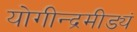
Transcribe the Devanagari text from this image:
योगीन्द्रमीड्यं